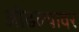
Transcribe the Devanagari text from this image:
ओढल्यावर